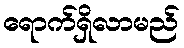
ရောက်ရှိလာမည်